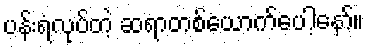
ပန်းရံလုပ်တဲ့ ဆရာတစ်ယောက်ပေါ့နော်။